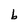
Character: b